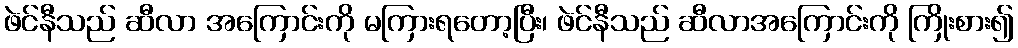
ဖဲင်နီသည် ဆီလာ အကြောင်းကို မကြားရတော့ပြီး၊ ဖဲင်နီသည် ဆီလာအကြောင်းကို ကြိုးစား၍